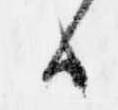
候